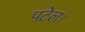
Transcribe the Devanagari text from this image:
पटेल।